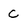
Character: c